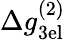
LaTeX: \Delta g_{\mathrm{3el}}^{(2)}